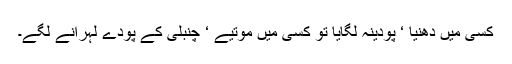
کسی میں دھنیا ‘ پودینہ لگایا تو کسی میں موتیے ‘ چنبلی کے پودے لہرانے لگے۔